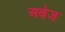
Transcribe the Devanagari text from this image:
अबेज